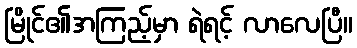
မြိုင်၏အကြည့်မှာ ရဲရင့် လာလေပြီ။